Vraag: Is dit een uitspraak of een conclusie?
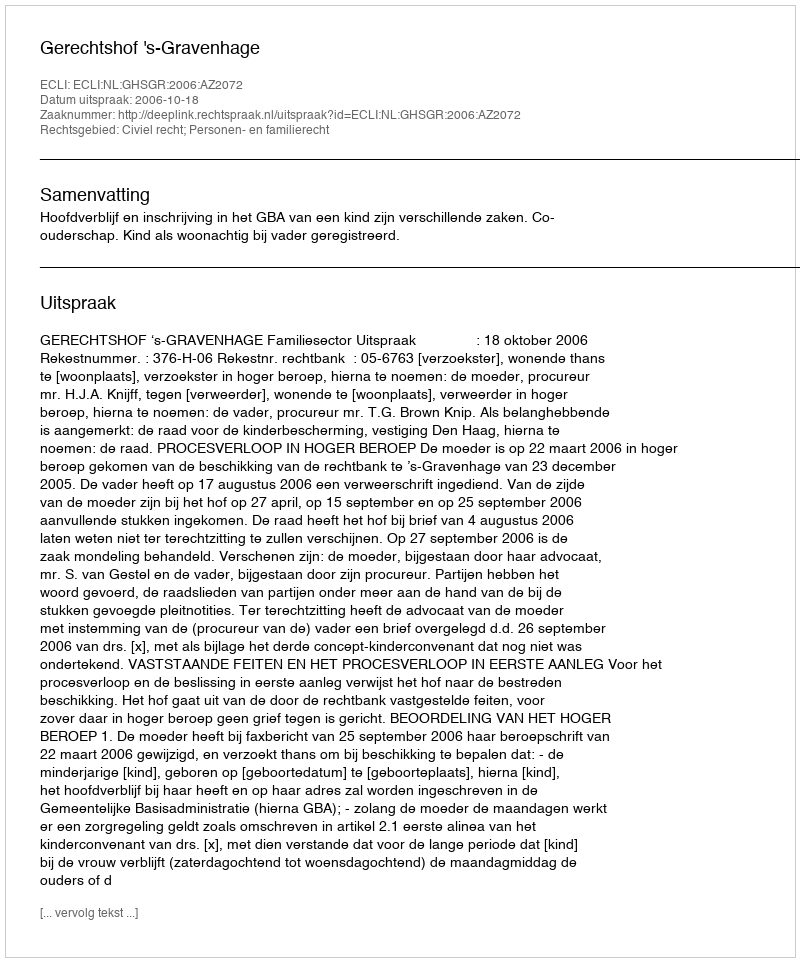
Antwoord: Uitspraak